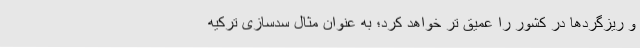
و ریزگردها در کشور را عمیق تر خواهد کرد؛ به عنوان مثال سدسازی ترکیه